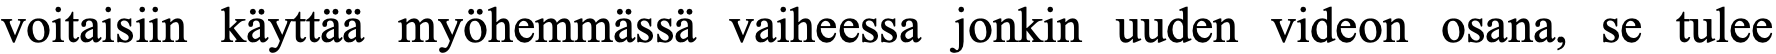
voitaisiin käyttää myöhemmässä vaiheessa jonkin uuden videon osana, se tulee